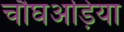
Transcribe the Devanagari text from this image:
चौघअड़िया